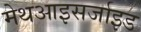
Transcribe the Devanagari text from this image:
मेथआइसर्जाइड